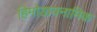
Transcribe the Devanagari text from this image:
हिमोडायनामिक